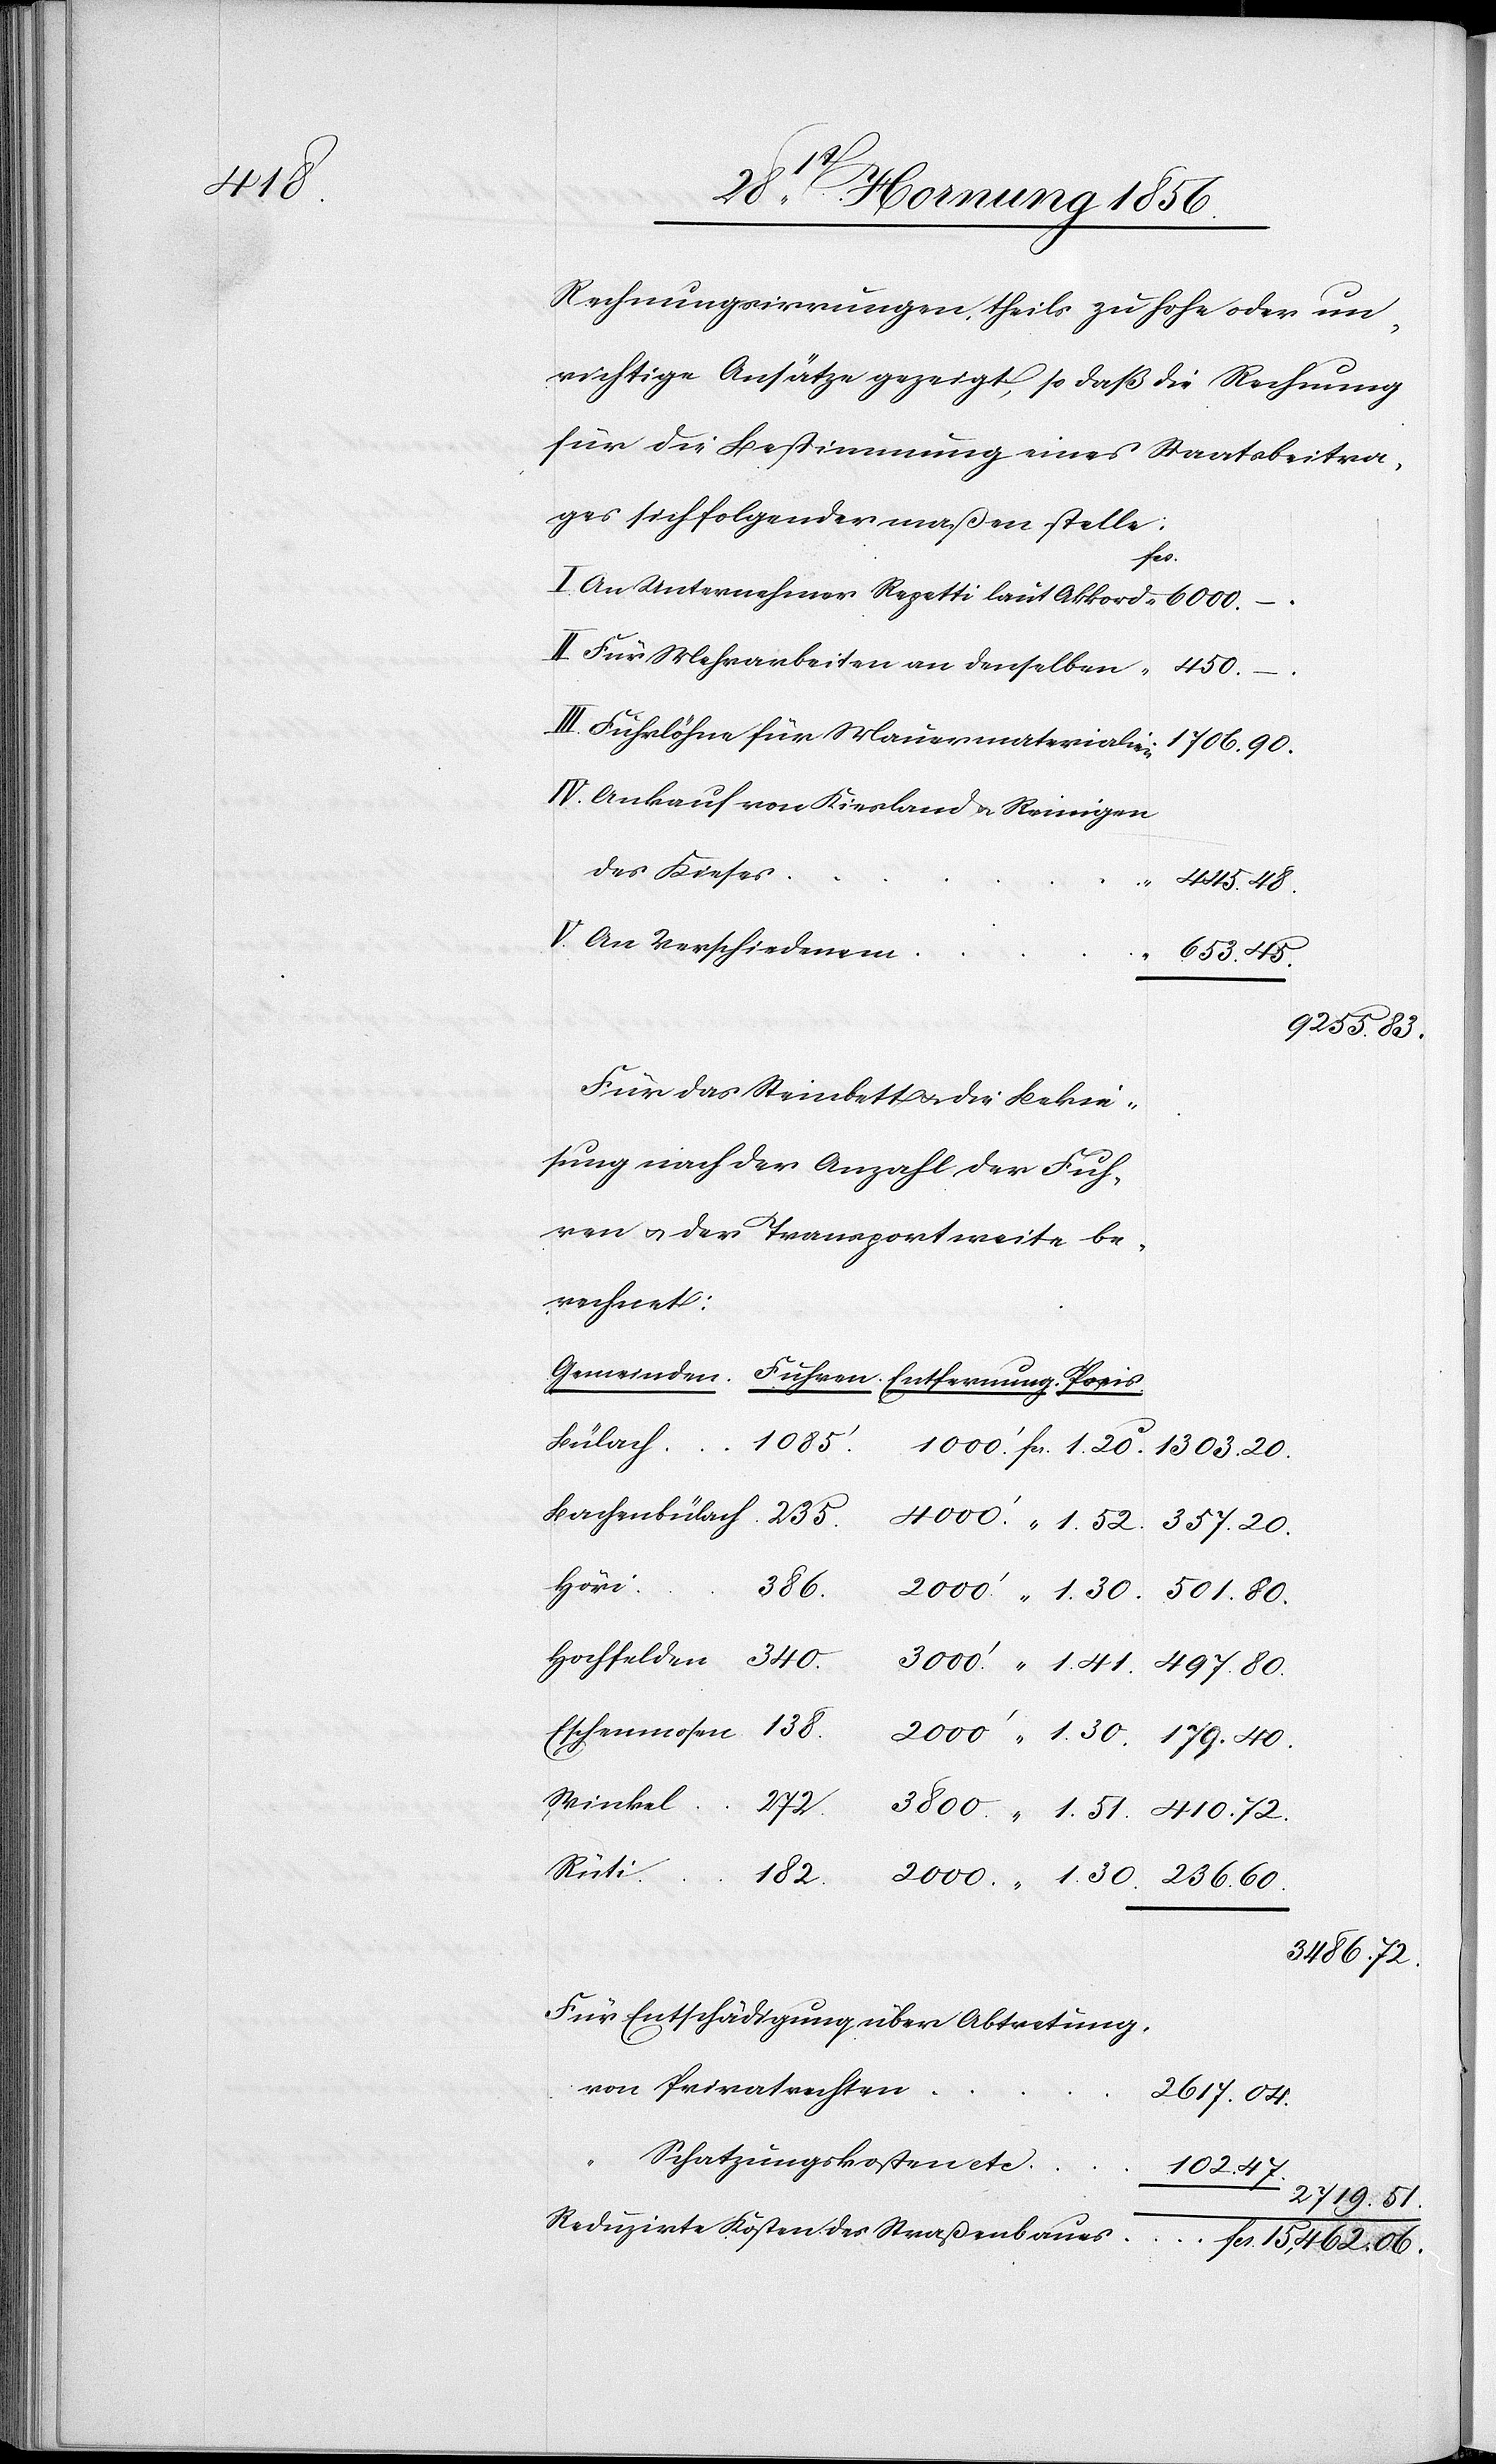
Kosten

Rechnungsirrungen, theils zu hohe oder un¬
richtige Ansätze gezeigt, so daß die Rechnung
für die Bestimmung eines Staatsbeitra¬
ges sich folgendermaßen stelle:
fcs.
I. An Unternehmer Repetti laut Akkord
II. Für Mehrarbeiten an denselben
III. Führlöhne für Mauermaterialie¬
IV. Ankauf von Kiesland u. Reinigen
des Kieses
“
445.
V. An Verschiedenem
Für das Steinbett u. die Bekie¬
sung nach der Anzahl der Fuh¬
ren u. der Transportweise be¬
rechnet:
Gemeinden.
Bülach
1085’.
Bachenbülach
Höri
15,462.
06.
Rüti
Für Entschädigung über Abtretung
von Privatrechten
2617.
“ Schatzungskosten etc.
102.
2719.